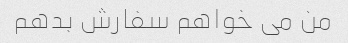
من می خواهم سفارش بدهم